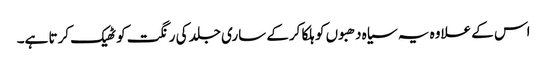
اس کے علاوہ یہ سیاہ دھبوں کو ہلکا کرکے ساری جلد کی رنگت کو ٹھیک کرتا ہے۔